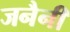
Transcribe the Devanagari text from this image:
जनैनी